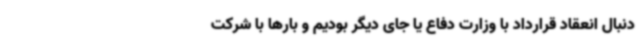
دنبال انعقاد قرارداد با وزارت دفاع یا جای دیگر بودیم و بارها با شرکت